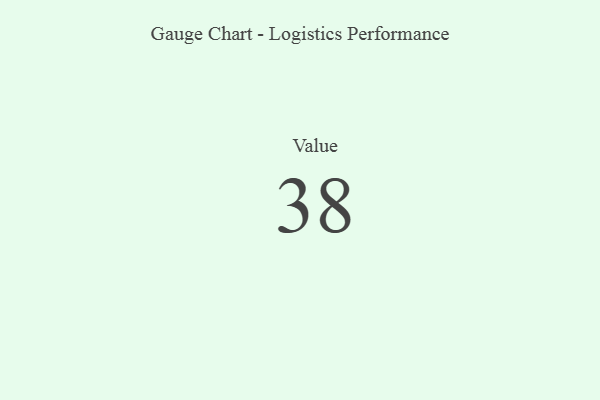
{"axis": {"x": "Metric", "y": "Value"}, "legend": [""], "data": [{"x": "Value", "y": 38, "type": ""}]}